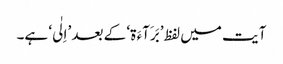
آیت میں لفظ ’بَرَآءَ ۃ‘ کے بعد ’اِلٰی‘ ہے۔